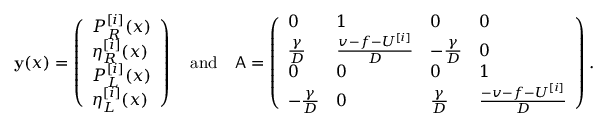
\mathbf { y } ( x ) = \left( \begin{array} { l } { P _ { R } ^ { [ i ] } ( x ) } \\ { \eta _ { R } ^ { [ i ] } ( x ) } \\ { P _ { L } ^ { [ i ] } ( x ) } \\ { \eta _ { L } ^ { [ i ] } ( x ) } \end{array} \right) \quad \mathrm { a n d } \quad \mathsf { A } = \left( \begin{array} { l l l l } { 0 } & { 1 } & { 0 } & { 0 } \\ { \frac { \gamma } { D } } & { \frac { v - f - U ^ { [ i ] } } { D } } & { - \frac { \gamma } { D } } & { 0 } \\ { 0 } & { 0 } & { 0 } & { 1 } \\ { - \frac { \gamma } { D } } & { 0 } & { \frac { \gamma } { D } } & { \frac { - v - f - U ^ { [ i ] } } { D } } \end{array} \right) .